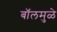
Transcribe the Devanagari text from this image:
बॉलमुळे